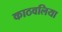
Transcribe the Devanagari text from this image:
काठवलिया